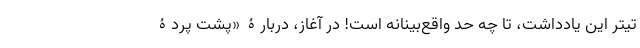
تیتر این یادداشت، تا چه حد واقع‌بینانه است! در آغاز، دربارۀ «پشت پردۀ